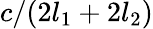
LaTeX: c/(2l_{1}+2l_{2})